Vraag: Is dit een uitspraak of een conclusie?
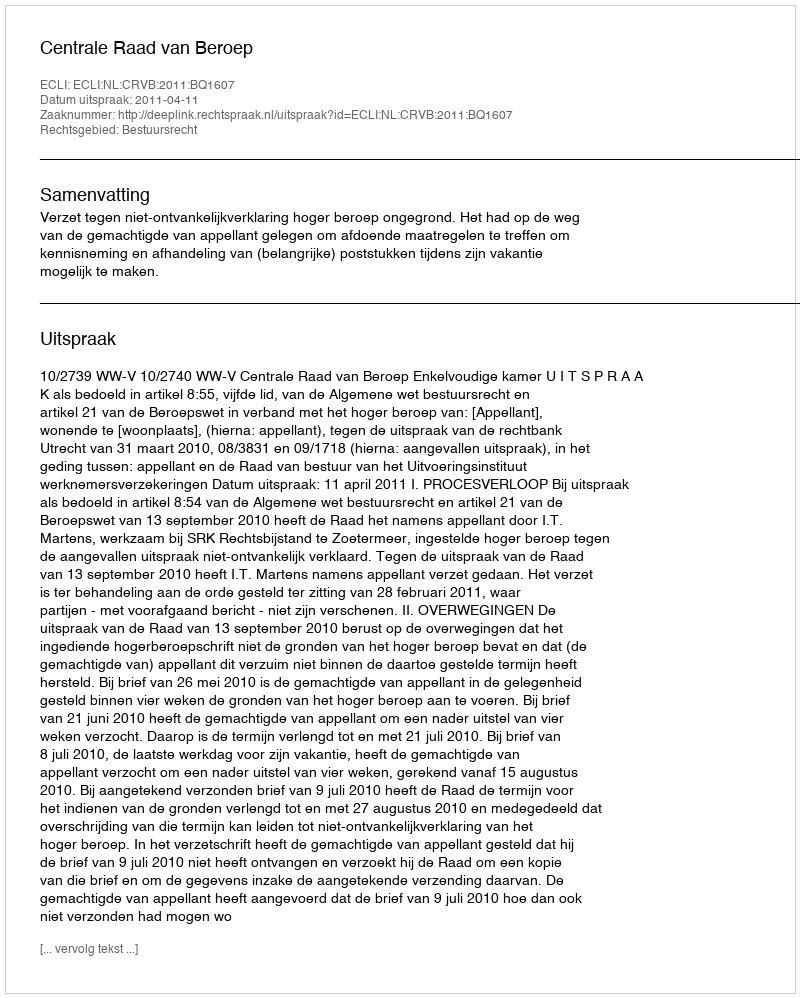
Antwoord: Uitspraak